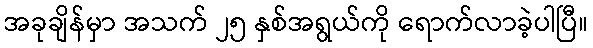
အခုချိန်မှာ အသက် ၂၅ နှစ်အရွယ်ကို ရောက်လာခဲ့ပါပြီ။